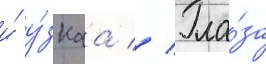
и́ у́зкаа // Гла́за